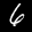
Label: 6